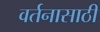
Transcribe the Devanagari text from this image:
वर्तनासाठी